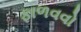
ફાળવવો